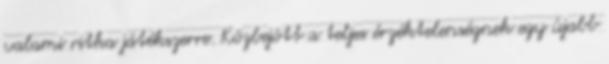
valami ritka játékszerre. Közbejött a teljes érzéktelenségnek egy újabb